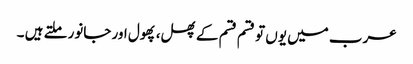
عرب میں یوں تو قسم قسم کے پھل، پھول اور جانور ملتے ہیں ۔